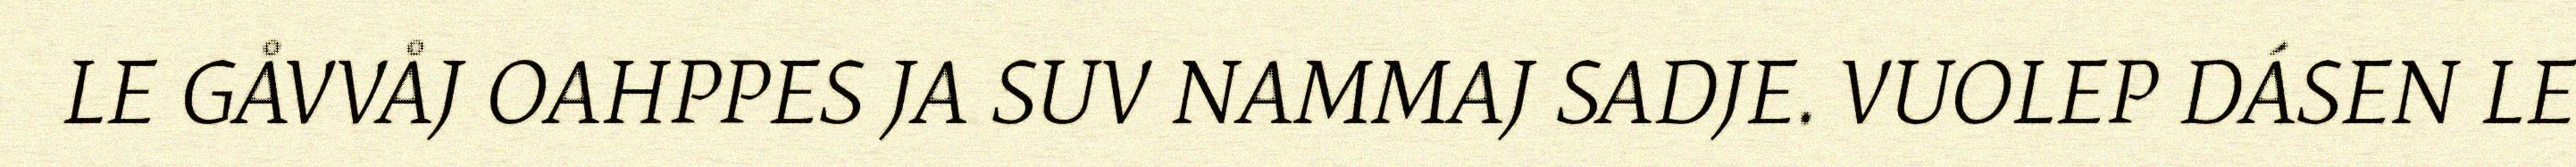
LE GÅVVÅJ OAHPPES JA SUV NAMMAJ SADJE. VUOLEP DÁSEN LE